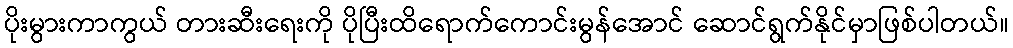
ပိုးမွားကာကွယ် တားဆီးရေးကို ပိုပြီးထိရောက်ကောင်းမွန်အောင် ဆောင်ရွက်နိုင်မှာဖြစ်ပါတယ်။